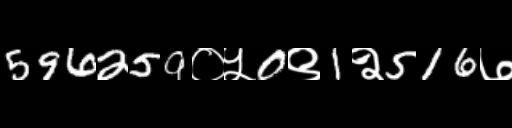
Text: 596259०५0९1२516७